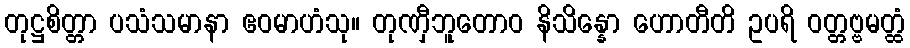
တုဋ္ဌစိတ္တာ ပသံသမာနာ ဧဝမာဟံသု။ တုဏှီဘူတောဝ နိသိန္နော ဟောတီတိ ဥပရိ ဝတ္တဗ္ဗမတ္ထံ